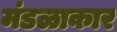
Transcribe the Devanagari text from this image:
मंडळाकार